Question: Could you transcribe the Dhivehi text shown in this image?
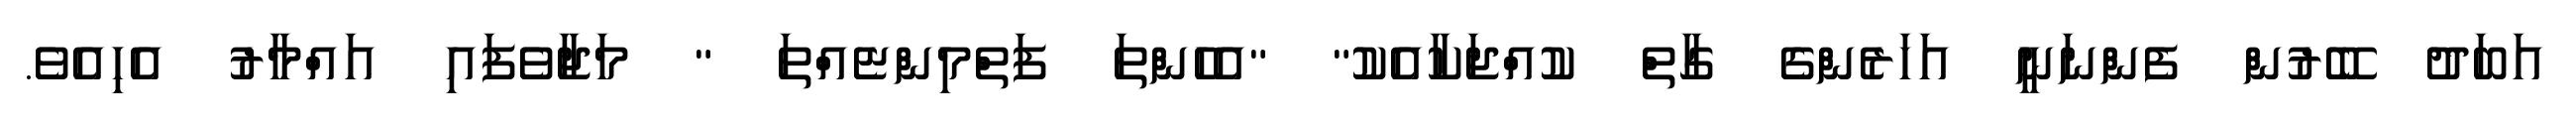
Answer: އަބަދު ބޭރުން ފެންނަނީ އަހަރެންގެ ގާތް ކުއްޖަކާއެކު" "އެހެންތަ ފަތްމިންޏެއްތަ " މަޖާވެފައި އައްމާރު އެހިއެވެ.